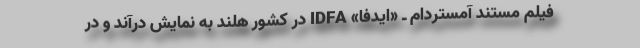
فیلم مستند آمستردام ـ «ایدفا» IDFA در کشور هلند به نمایش درآند و در